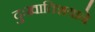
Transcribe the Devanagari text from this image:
दुःखातिशयाने